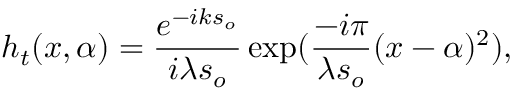
h _ { t } ( x , \alpha ) = \frac { e ^ { - i k s _ { o } } } { i \lambda s _ { o } } \exp ( \frac { - i \pi } { \lambda s _ { o } } ( x - \alpha ) ^ { 2 } ) ,